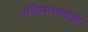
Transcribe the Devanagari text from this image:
पॉलिशसाठीही